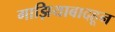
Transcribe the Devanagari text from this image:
गाझियाबादहून